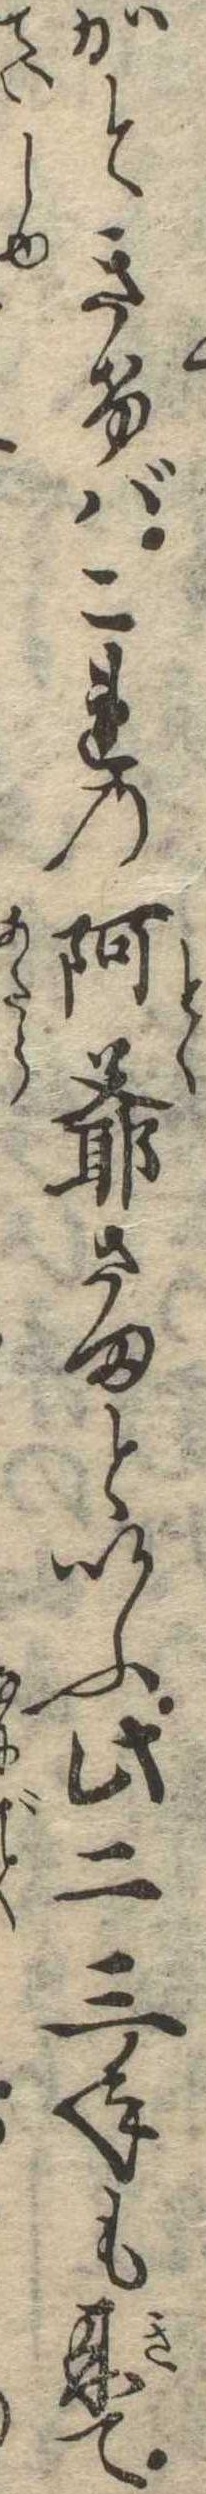
かときけばこれの阿爺さまといふ此二三年も来て